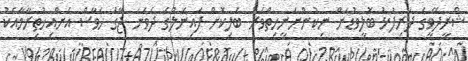
ޝްރީދޭވީގެ ދަރިފުޅު ބޮލީވުޑަށް ނިކުންނަނީހިތްވަރު ބަލިކޮށް ފައިނަލުގެ ދެވަނަ ޖާގަ ހަވާސް އަށްއިހުތިރާމާއެކު